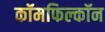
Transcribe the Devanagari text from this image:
कॉमफिल्कॉन